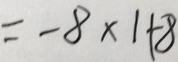
= - 8 \times 1 + 8